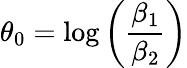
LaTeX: \theta_{0}=\log{\left(\frac{\beta_{1}}{\beta_{2}}\right)}